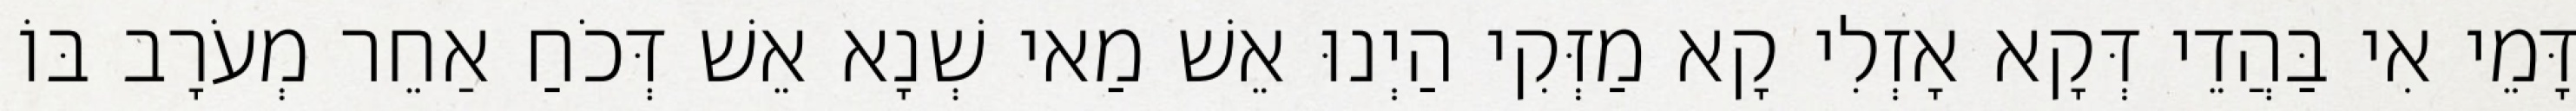
דָּמֵי אִי בַּהֲדֵי דְּקָא אָזְלִי קָא מַזְּקִי הַיְנוּ אֵשׁ מַאי שְׁנָא אֵשׁ דְּכֹחַ אַחֵר מְעֹרָב בּוֹ